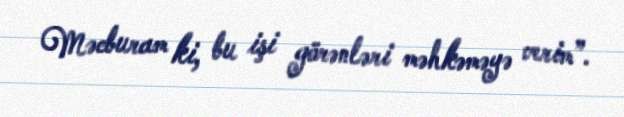
Məcburam ki, bu işi görənləri məhkəməyə verim”.